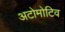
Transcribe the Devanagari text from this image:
अटोमोटिव